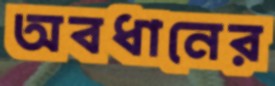
অবধানের